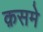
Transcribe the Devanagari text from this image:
क़समे